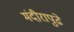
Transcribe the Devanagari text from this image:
मंदीरापुढे